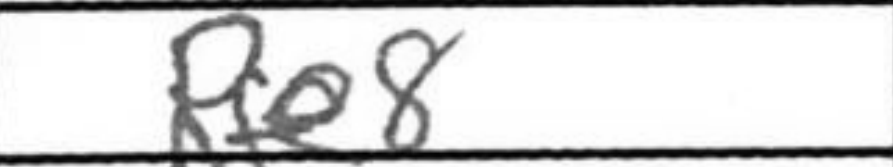
Transcription: Rfe8